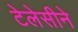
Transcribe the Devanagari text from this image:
टेलेसीने